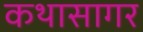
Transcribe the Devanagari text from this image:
कथासागर